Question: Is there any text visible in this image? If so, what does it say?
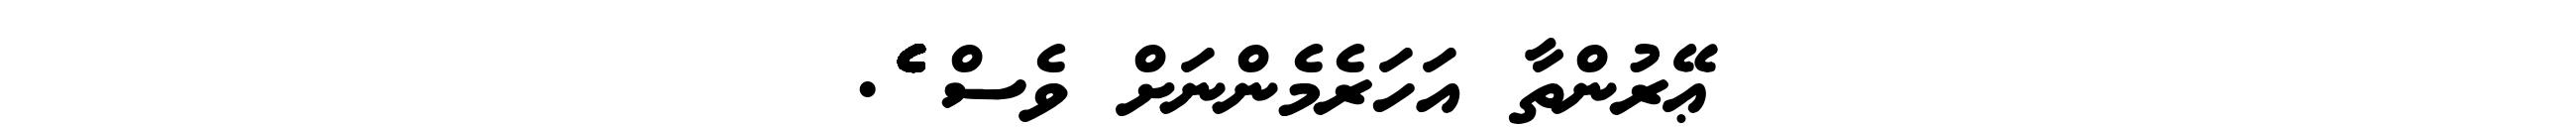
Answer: ޢޭރުންތާ އަހަރެމެންނަށް ވެސް ެެެެެެެެެެެެެެެެެެެެެެެެެެެެެެެެެެެެެެެެެެެެެެެެެެެެެެެެެެެެެެެެެެެެެެެެ.